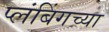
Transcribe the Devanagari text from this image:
प्लंबिंगच्या